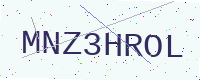
Text: MNZ3HROL